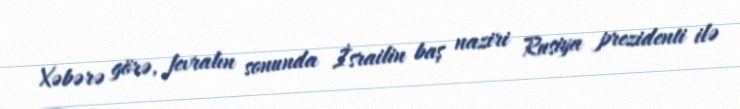
Xəbərə görə, fevralın sonunda İsrailin baş naziri Rusiya prezidenti ilə